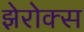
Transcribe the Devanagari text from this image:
झेरोक्स